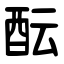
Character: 酝